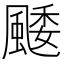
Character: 䬐